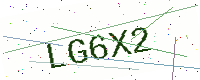
Text: LG6X2